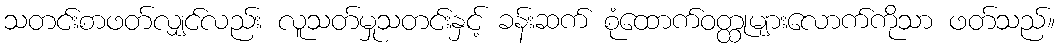
သတင်းစာဖတ်လျှင်လည်း လူသတ်မှုသတင်းနှင့် ခန်းဆက် စုံထောက်ဝတ္ထုများလောက်ကိုသာ ဖတ်သည်။